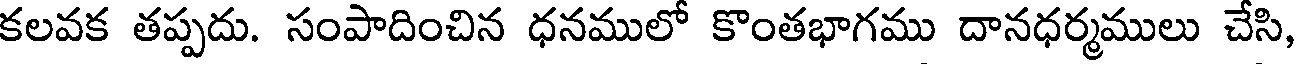
కలవక తప్పదు. సంపాదించిన ధనములో కొంతభాగము దానధర్మములు చేసి,